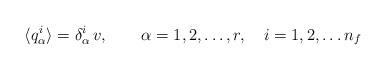
LaTeX: \begin{align*}\langle q_{\alpha }^i \rangle = \delta_{\alpha }^i \, v, \qquad \alpha =1,2,\ldots, r, \quad i=1,2,\ldots n_f\end{align*}